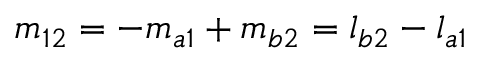
m _ { 1 2 } = - m _ { a 1 } + m _ { b 2 } = l _ { b 2 } - l _ { a 1 }